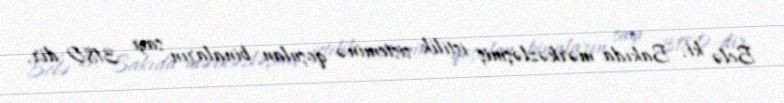
Belə ki, Bakıda mərkəzləşmiş istilik sisteminə qoşulan binaların sayı 3180-dir,